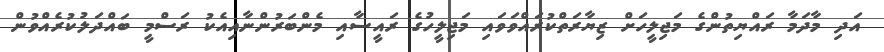
އަދި މާދަމާ ރައްޔިތުންގެ މަޖިލީހަށް ޒިޔާރަތްކުރައްވަވައި މަޖިލީހުގެ ރައީސާއި މެންބަރުންނާއިއެކު ރަސްމީ ބައްދަލުކުރެއްވުން